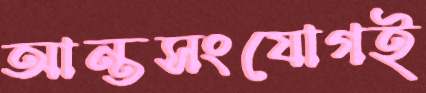
আন্তসংযোগই